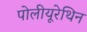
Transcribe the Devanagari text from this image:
पोलीयूरेथिन